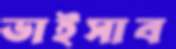
ভাইসাব